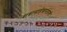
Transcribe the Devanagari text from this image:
बाबासाहेबानंतरचे